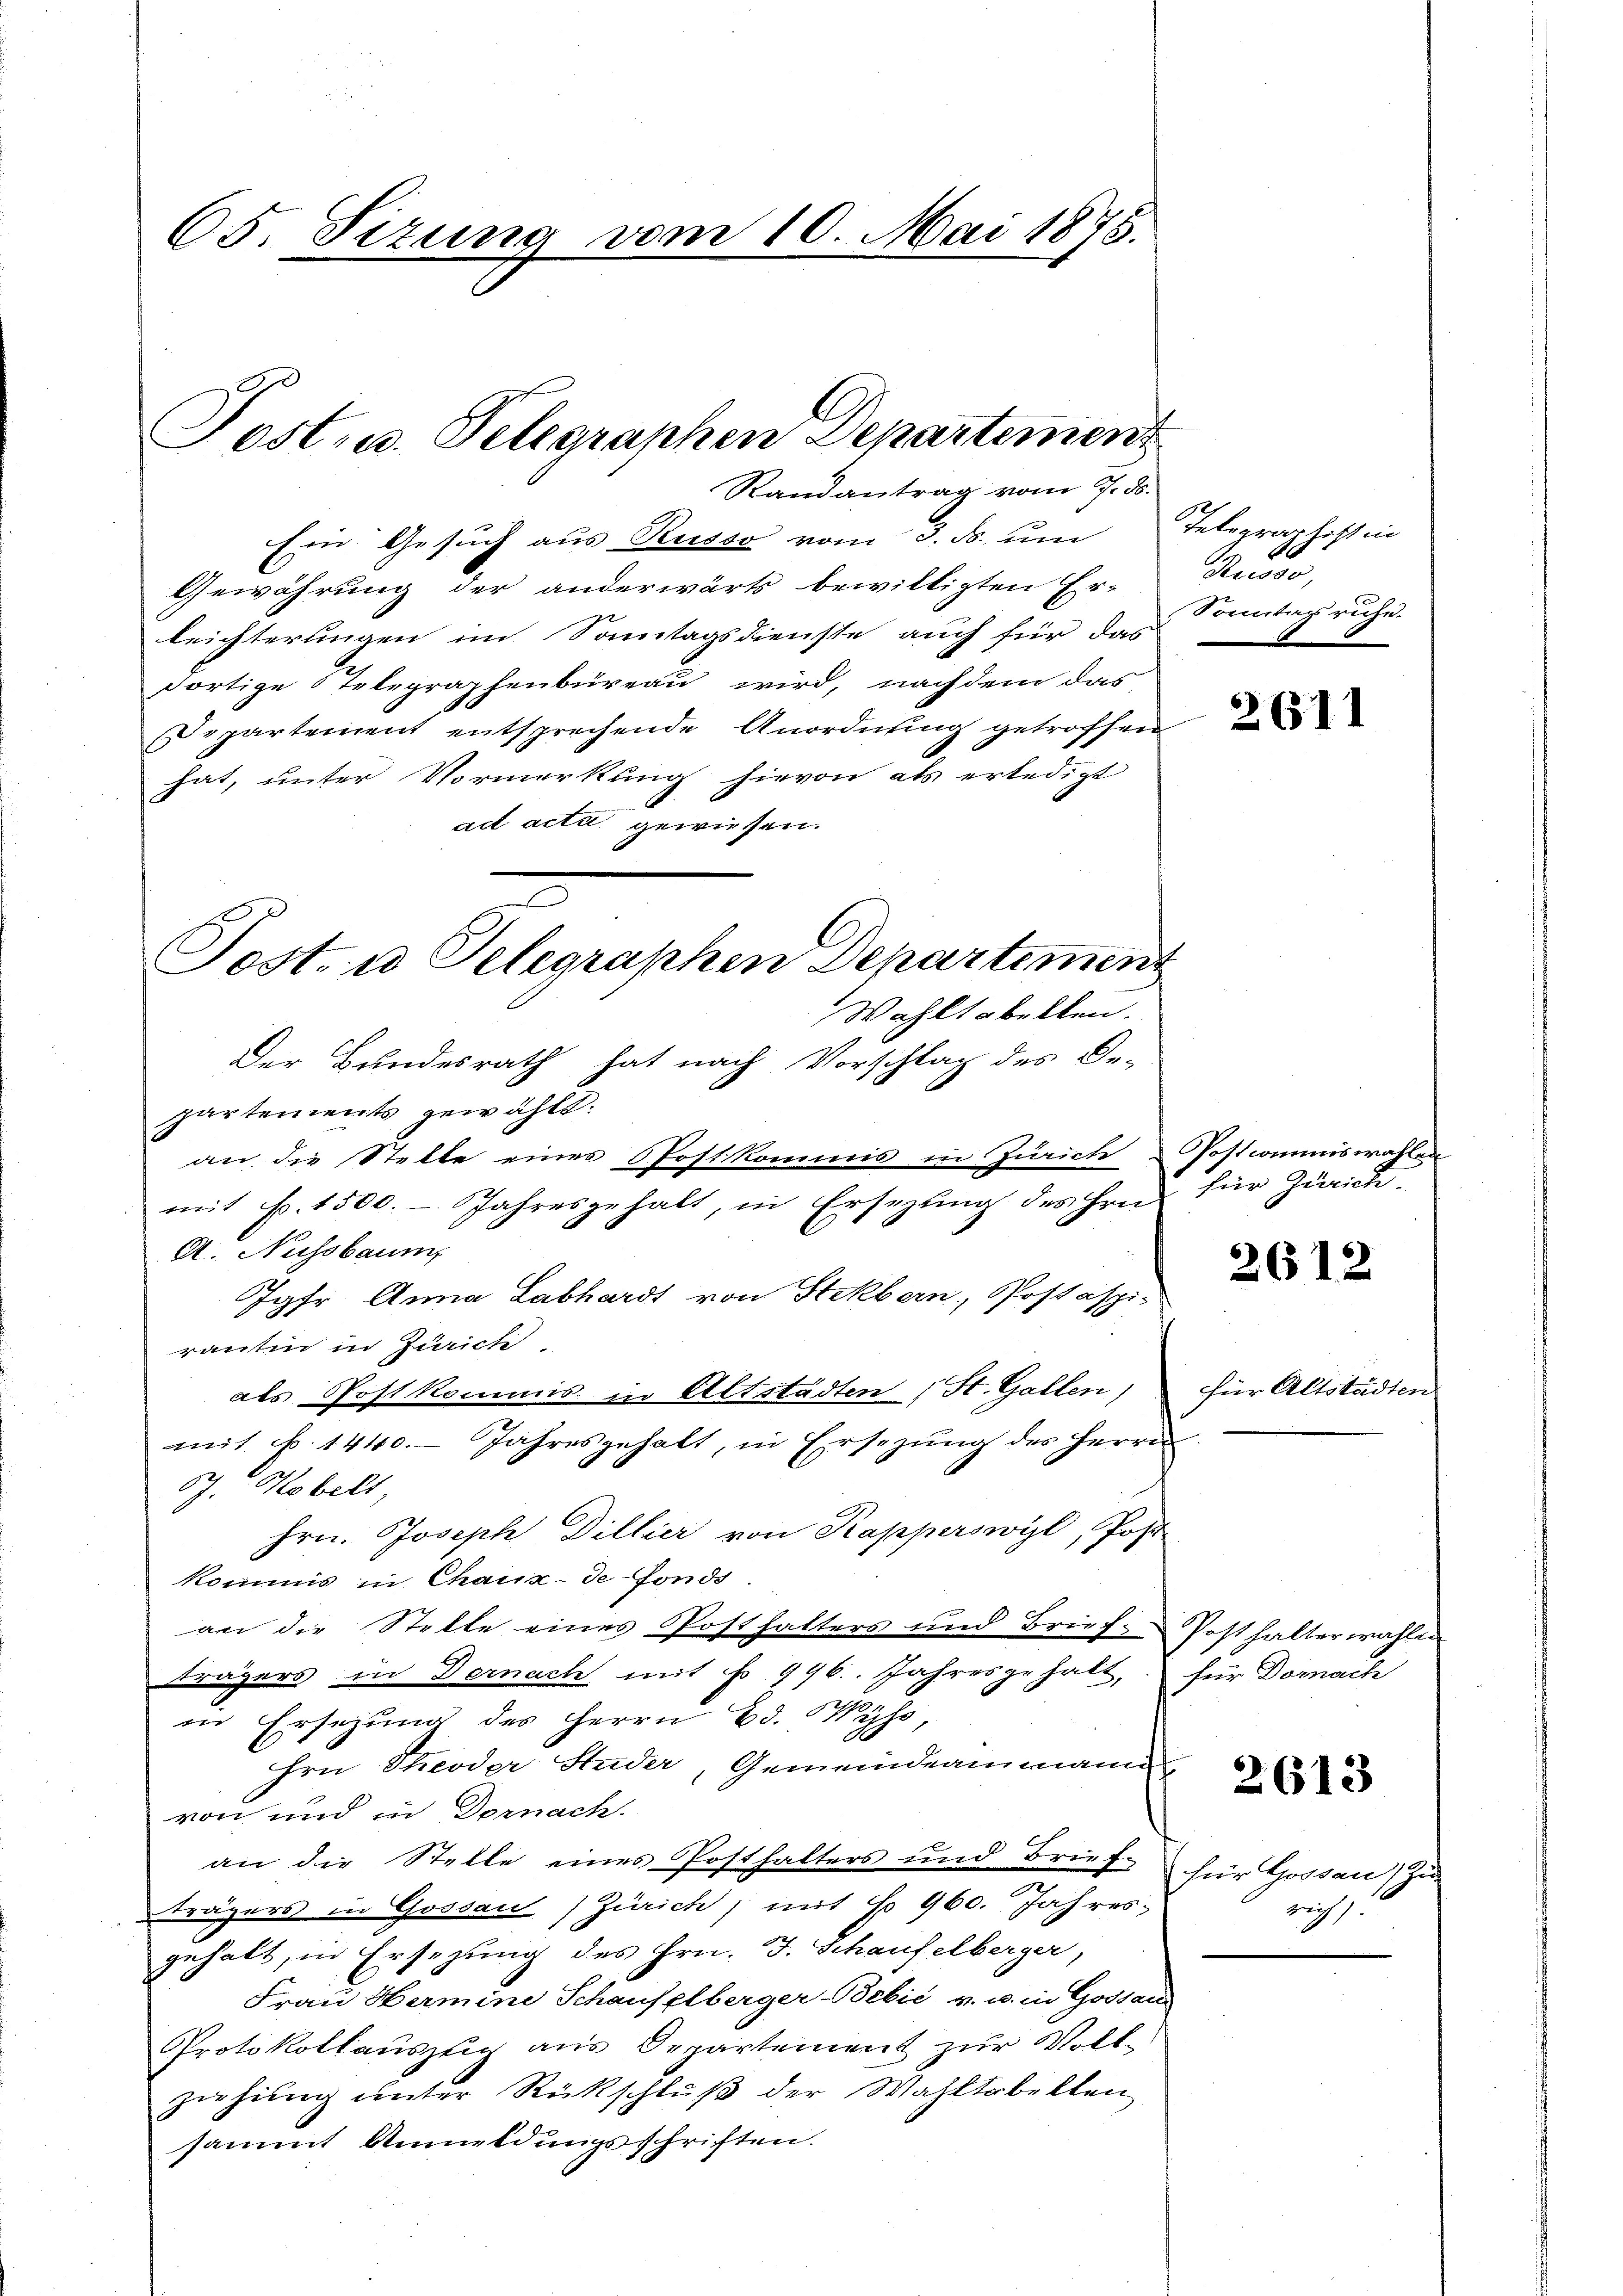
65. Sizung vom 10. Mai 1875.

Postus. Telegraphen Departement
Randantrag vom 7. ds.

Ein Gesuch aus Russe vom 3. ds. um Telegraphist in
Gewährung der anderwärts bewilligten Er-
leichterungen im Sonntagsdienste auch für das
dortige Telegraphenbüreau wird, nachdem das
Departement entsprechende Anordnung getroffen
hat, unter Vormerkung hievon als erledigt
ad acta gewiesen.
Der Bundesrath hat nach Vorschlag des De-
partements gewählt.
an die Stelle eines Postkommis in Zürich
mit p. 1500. Jahresgehalt, in Ersezung des Hrn. für Zürich.
A. Nussbaum,
Jgfr. Anna Labhardt von Stekbern, Postspie
rantin in Zürich.
als Post kommis in Altstadten ; St. Gallen)
mit Nr. 1440. Jahresgehalt, in Ersezŭng des Herrn
59. Kobert
hrn. Joseph Dillier von Kapperswyl, Post
kommis in Chaux-de fonds.
an die Stelle eines Posthalters und Brief-Posthalterwahlen
trägers in Dernach mit No 996. Jahresgehalt, für Dornach
in Ersezung des Herrn Ed. Wyss
hrn Theoder Studer, Gemeindeammann
von und in Dornach.
an die Stelle eines Posthalters und Brief für Gossau) zu
trägers in Gossau) Zürich, mit No 960. Jahres,
gehalt, in Ersezung des Hrn. J. Schaufelberger,
Frau Hermine Schaufelberger-Bebić, v. u. in Gossard
Protokollauszug aus Departement zur Voll-
ziehung unter Rückschluß der Wahltabellen
sammt Anmeldungsschriften.

Sost. u Selegraphen Departement
Wahltabellen.

uuso,
Sonntag ruhe.

2611

Postcommiswahlen

2612

für Altstädten

2613

rich).